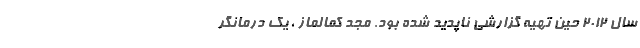
سال ۲۰۱۲ حین تهیه گزارشی ناپدید شده بود. مجد کمالماز ، یک درمانگر